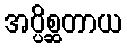
အပ္ပိစ္ဆတာယ